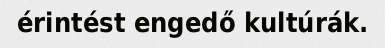
érintést engedő kultúrák.